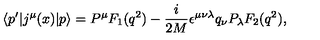
\left< p ^ { \prime } | j ^ { \mu } ( x ) | p \right> = P ^ { \mu } F _ { 1 } ( q ^ { 2 } ) - { \frac { i } { 2 M } } \epsilon ^ { \mu \nu \lambda } q _ { \nu } P _ { \lambda } F _ { 2 } ( q ^ { 2 } ) ,